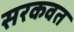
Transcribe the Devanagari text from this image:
सरकवत